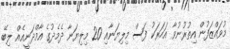
މުވައްޒަފުން އިތުރުނުވާ އަހަރަކު ފަސް މިލިޔަނާއި 20 މިލިޔަނާ ދެމެދުގެ އާމްދަނީއެއް ލިބޭ